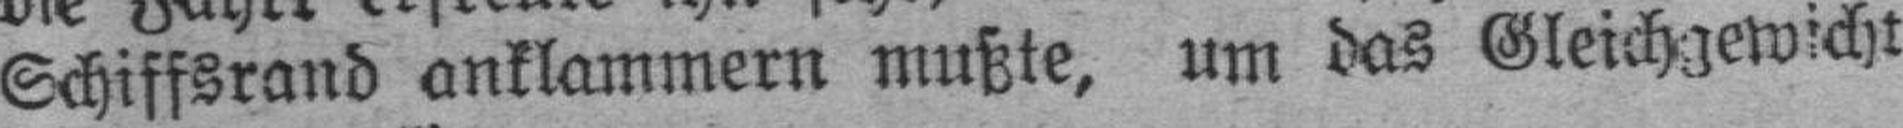
Schiffsrand anklammern mußte, um das Gleichgewicht